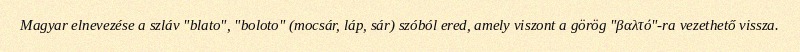
Magyar elnevezése a szláv "blato", "boloto" (mocsár, láp, sár) szóból ered, amely viszont a görög "βαλτό"-ra vezethető vissza.